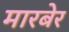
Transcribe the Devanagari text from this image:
मारबेर